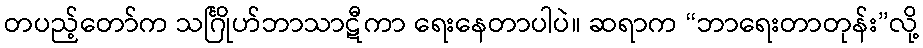
တပည့်တော်က သင်္ဂြိုဟ်ဘာသာဋီကာ ရေးနေတာပါပဲ။ ဆရာက “ဘာရေးတာတုန်း”လို့